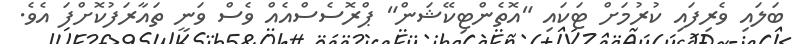
ބަލައި ވެރިފައި ކުރުމަށް ޓަކައި "އޮތެންޓިކޭޝަން" ޕްރޮސެސްއެއް ވެސް ވަނީ ތައާރަފުކޮށްފަ އެވެ.